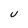
Character: U